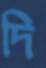
দি